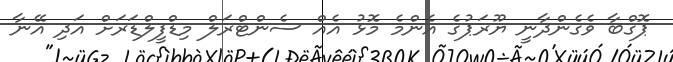
ޕޮގްބާ ވެގެންދާނީ ޔޫރަޕުގެ އެންމެ މޮޅު އެއް ސެންޓްރަލް މިޑްފީލްޑަރަށް އަދި އޭނާ